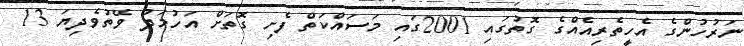
ނަރުހުންގެ އެހީތެރިއެއްގެ ގޮތުގައި 2001ގައި މަސައްކަތް ފެށި ގޮތަށް އަހުމަދު ވޭތުވެދިޔަ 13